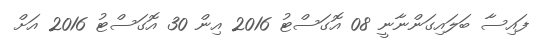
ފައިސާ ބަލައިގަންނާނީ 08 އޮގަސްޓު 2016 އިން 30 އޮގަސްޓު 2016 އަށް